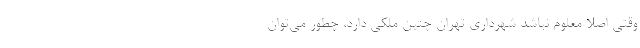
وقتی اصلا معلوم نباشد شهرداری تهران چنین ملکی دارد، چطور می‌توان